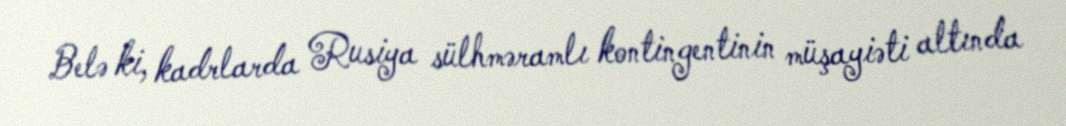
Belə ki, kadrlarda Rusiya sülhməramlı kontingentinin müşayiəti altında